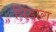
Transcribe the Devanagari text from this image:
पिंडारा